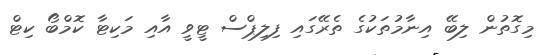
މިގޮތުން ލިބޭ އިނާމުތަކުގެ ތެރޭގައި ފިލިޕްސް ޓީވީ އާއި މަކިޓާ ކޮމްބޯ ކިޓް